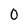
Character: O